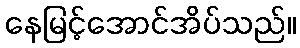
နေမြင့်အောင်အိပ်သည်။